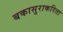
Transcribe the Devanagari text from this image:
बकासुराकरिता